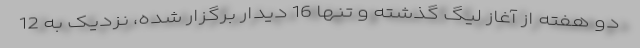
دو هفته از آغاز لیگ گذشته و تنها 16 دیدار برگزار شده، نزدیک به 12